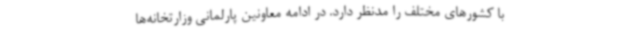
با کشورهای مختلف را مدنظر دارد. در ادامه معاونین پارلمانی وزارتخانه‌ها